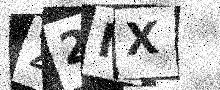
Text: Z2NX